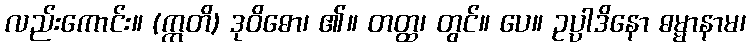
လည်းကောင်း။ (ဣတိ) ဒုဝိဓော၊ ၏။ တတ္ထ၊ တွင်။ ပေ။ ဥပ္ပါဒိနော ဓမ္မာနာမ၊